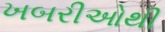
ખબરીઓથી